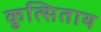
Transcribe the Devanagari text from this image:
कुत्सिताय